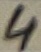
Text: 4